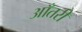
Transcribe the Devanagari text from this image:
आँतरी